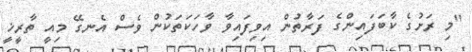
"މި ރަށުގެ ކާބަފައިންގެ ފަރާތުން އިވިފައިވާ ވާހަކަތަކުން ވެސް އެނގޭ މިއީ ތާރީޚީ